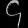
Digit: ၄